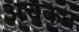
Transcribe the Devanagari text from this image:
अचकन